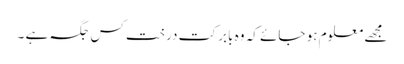
مجھے معلوم ہو جائے کہ وہ بابر کت درخت کس جگہ ہے ۔